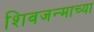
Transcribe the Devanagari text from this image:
शिवजन्माच्या